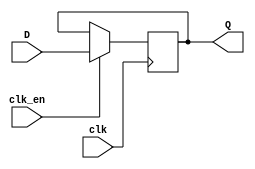
`timescale 1ns / 1ps

// simple D-Flip_Flop 
module DFF(
    input wire clk,
    input wire clk_en,
    input wire D,
    output reg Q = 0
    );
    
    always @(posedge clk) begin 
        if(clk_en)
            Q <= D;
    end
    
endmodule